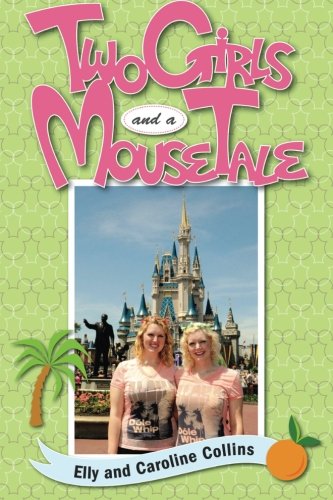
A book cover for Two Girls and a Mouse Tale; Elly Collins; Travel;